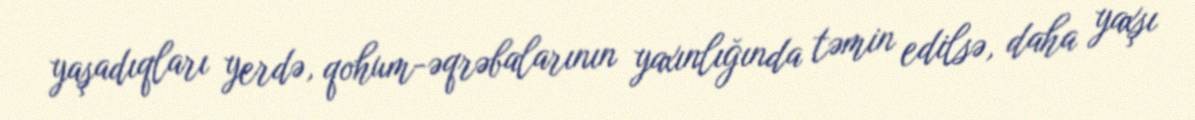
yaşadıqları yerdə, qohum-əqrəbalarının yaxınlığında təmin edilsə, daha yaxşı